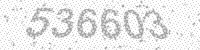
Solution: 536603